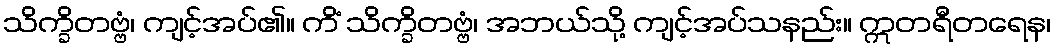
သိက္ခိတဗ္ဗံ၊ ကျင့်အပ်၏။ ကိံ သိက္ခိတဗ္ဗံ၊ အဘယ်သို့ ကျင့်အပ်သနည်း။ ဣတရီတရေန၊